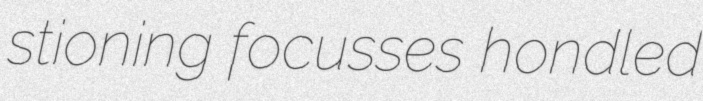
stioning focusses hondled